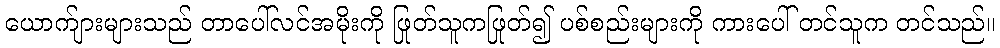
ယောက်ျားများသည် တာပေါ်လင်အမိုးကို ဖြုတ်သူကဖြုတ်၍ ပစ်စည်းများကို ကားပေါ် တင်သူက တင်သည်။